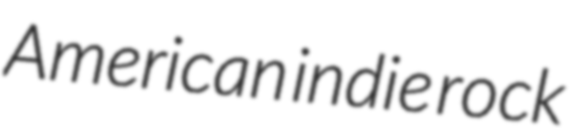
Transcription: American indie rock